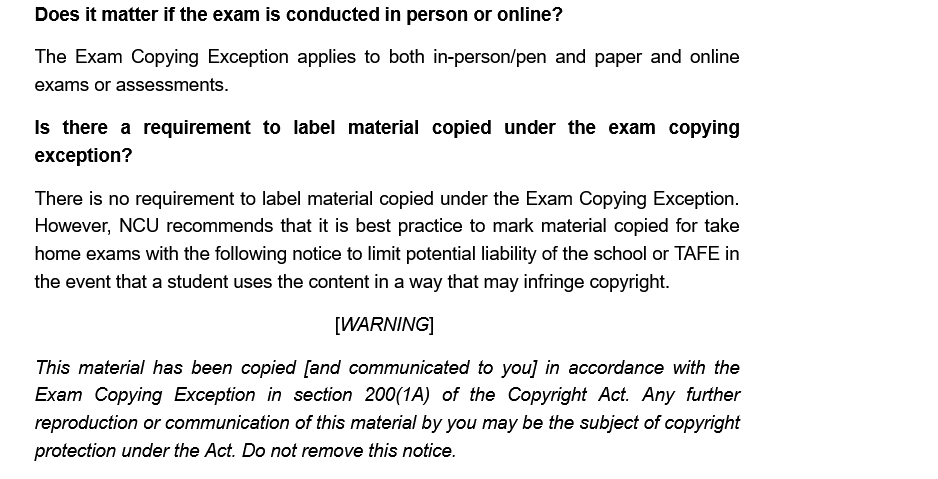
There is no requirement to label material copied under the Exam Copying Exception.
    However, NCU  recommends that it is best practice to mark material copied for take
    home  exams with the following notice to limit potential liability of the school or TAFE in
    the event that a student uses the content in a way that may infringe copyright.
     [WARNING]
    This material has been copied [and communicated to you] in accordance with the
    Exam   Copying Exception in section 200(1A) of the Copyright Act. Any further
    reproduction or communication of this material by you may be the subject of copyright
    protection under the Act. Do not remove this notice.

    Is there a  requirement  to label material copied under  the exam   copying
    exception?
    The  Exam  Copying Exception applies to both in-person/pen and paper and online
    exams or assessments.
     Does it matter if the exam is conducte¢ person or online?